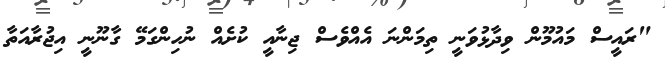
"ރައީސް މައުމޫން ވިދާޅުވަނީ ތިމަންނަ އެއްވެސް ޖިނާއީ ކުށެއް ނުހިންގަމޭ ގާނޫނީ އިޖުރާއަތާ